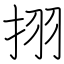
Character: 挧